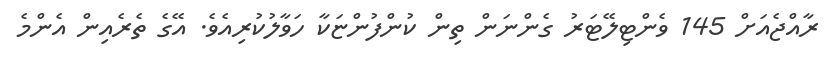
ރާއްޖެއަށް 145 ވެންޓިލޭޓަރު ގެންނަން ތިން ކުންފުންޏަކާ ހަވާލުކުރިއެވެ. އޭގެ ތެރެއިން އެންމެ